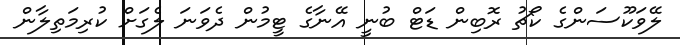
ލޭވަކޫސަންގެ ކޯޗު ރޮބިން ޑަޓް ބުނީ އޭނާގެ ޓީމުން ދެވަނަ ލެގަށް ކުރިމަތިލާން